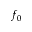
f _ { 0 }